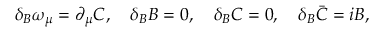
\delta _ { B } \omega _ { \mu } = \partial _ { \mu } C , \quad \delta _ { B } B = 0 , \quad \delta _ { B } C = 0 , \quad \delta _ { B } \bar { C } = i B ,